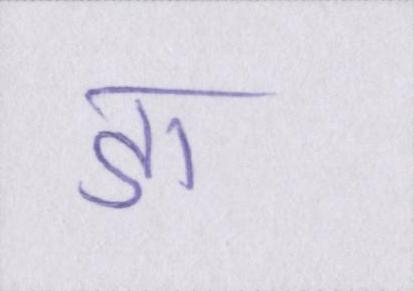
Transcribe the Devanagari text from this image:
डा